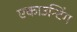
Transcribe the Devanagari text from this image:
एकाउन्टिंग